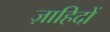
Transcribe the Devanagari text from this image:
ज़ाहिदों